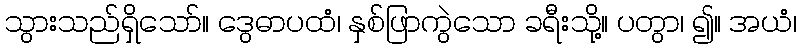
သွားသည်ရှိသော်။ ဒွေဓာပထံ၊ နှစ်ဖြာကွဲသော ခရီးသို့။ ပတွာ၊ ၍။ အယံ၊